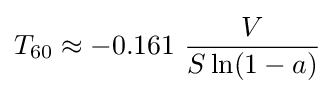
T_{60}\approx -0.161\ {\frac {V}{S\ln(1-a)}}